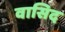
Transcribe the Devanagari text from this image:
वासिद